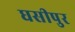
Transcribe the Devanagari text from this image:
घसीपुर